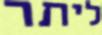
ליתר